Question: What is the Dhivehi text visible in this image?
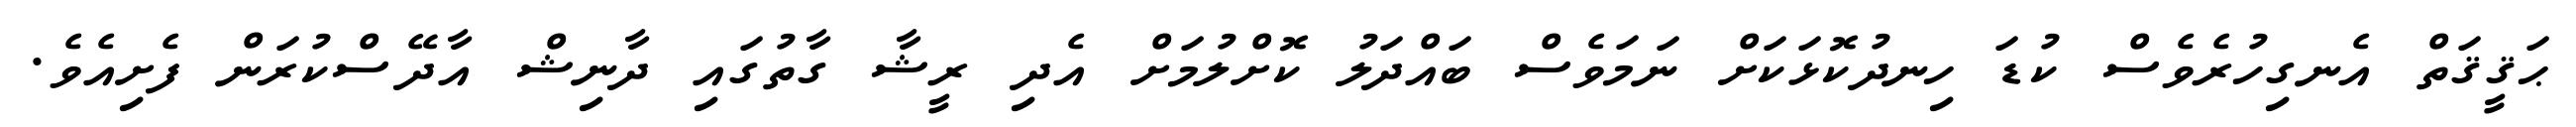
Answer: ޙަޤީޤަތް އެނގިހުރެވެސް ކުޑަ ހިނދުކޮޅަކަށް ނަމަވެސް ބައްދަލު ކޮށްލުމަށް އެދި ރީޝާ ގާތުގައި ދާނިޝް އާދޭސްކުރަން ފެށިއެވެ.